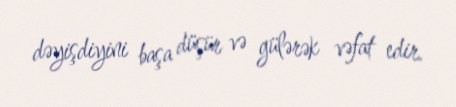
dəyişdiyini başa düşür və gülərək vəfat edir.